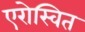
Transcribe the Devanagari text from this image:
एरोस्वित